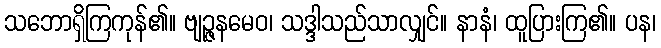
သဘောရှိကြကုန်၏။ ဗျဉ္ဇနမေဝ၊ သဒ္ဒါသည်သာလျှင်။ နာနံ၊ ထူပြားကြ၏။ ပန၊